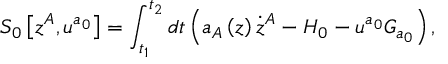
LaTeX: S _ { 0 } \left[ z ^ { A } , u ^ { a _ { 0 } } \right] = \int _ { t _ { 1 } } ^ { t _ { 2 } } d t \left( a _ { A } \left( z \right) \dot { z } ^ { A } - H _ { 0 } - u ^ { a _ { 0 } } G _ { a _ { 0 } } \right) ,